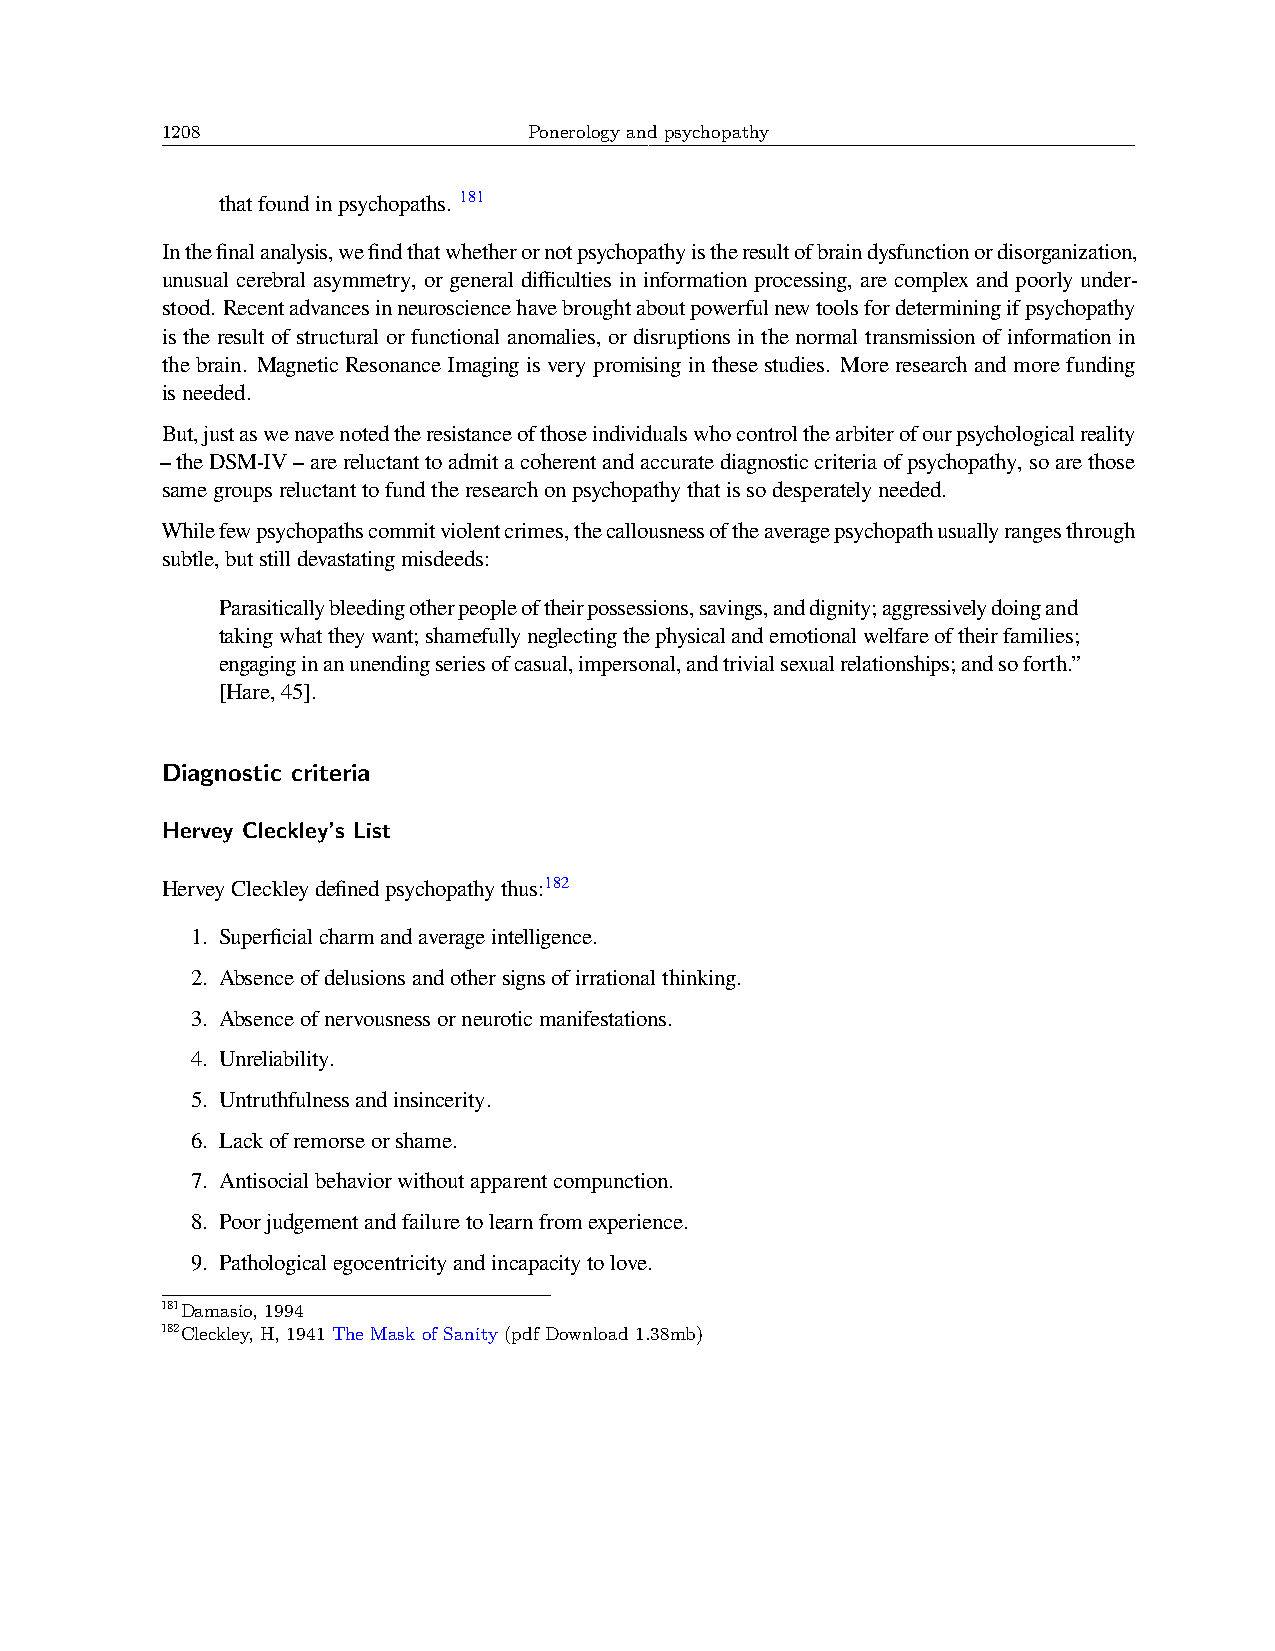
1208                    Ponerology and psychopathy
 thatfoundinpsychopaths. 181
 Inthefinalanalysis,wefindthatwhetherornotpsychopathyistheresultofbraindysfunctionordisorganization,
 unusual cerebral asymmetry, or general difficulties in information processing, are complex and poorly under-
 stood. Recentadvancesinneurosciencehavebroughtaboutpowerfulnewtoolsfordeterminingifpsychopathy
 is the result of structural or functional anomalies, or disruptions in the normal transmission of information in
 the brain. Magnetic Resonance Imaging is very promising in these studies. More research and more funding
 isneeded.
 But,justaswenavenotedtheresistanceofthoseindividualswhocontrolthearbiterofourpsychologicalreality
 –theDSM-IV–arereluctanttoadmitacoherentandaccuratediagnosticcriteriaofpsychopathy,soarethose
 samegroupsreluctanttofundtheresearchonpsychopathythatissodesperatelyneeded.
 Whilefewpsychopathscommitviolentcrimes,thecallousnessoftheaveragepsychopathusuallyrangesthrough
 subtle,butstilldevastatingmisdeeds:
 Parasiticallybleedingotherpeopleoftheirpossessions,savings,anddignity;aggressivelydoingand
 takingwhattheywant;shamefullyneglectingthephysicalandemotionalwelfareoftheirfamilies;
 engaginginanunendingseriesofcasual,impersonal,andtrivialsexualrelationships;andsoforth.”
 [Hare,45].
 Diagnostic criteria
 Hervey Cleckley’s List
 HerveyCleckleydefinedpsychopathythus:182
 1. Superficialcharmandaverageintelligence.
 2. Absenceofdelusionsandothersignsofirrationalthinking.
 3. Absenceofnervousnessorneuroticmanifestations.
 4. Unreliability.
 5. Untruthfulnessandinsincerity.
 6. Lackofremorseorshame.
 7. Antisocialbehaviorwithoutapparentcompunction.
 8. Poorjudgementandfailuretolearnfromexperience.
 9. Pathologicalegocentricityandincapacitytolove.
 181Damasio, 1994
 182Cleckley, H, 1941 The Mask of Sanity (pdf Download 1.38mb)